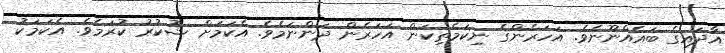
އާދައިގެ ބައެއްނޫނެވެ. އަހަރެންގެ ނިކަމެތިކަން އަހަރެން ދަންނަމެވެ. އެކަމަށް ޝުކުރު ކުރަމެވެ. އެކަމަކު